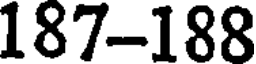
187-188